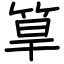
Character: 筸